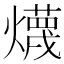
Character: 𱬦